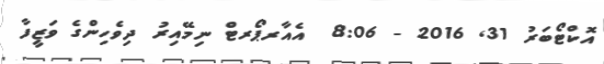
އޮކްޓޯބަރު 31